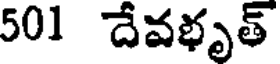
501 దేవభృత్